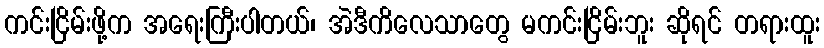
ကင်းငြိမ်းဖို့က အရေးကြီးပါတယ်၊ အဲဒီကိလေသာတွေ မကင်းငြိမ်းဘူး ဆိုရင် တရားထူး